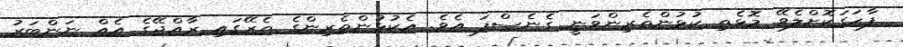
ފާހަގަކޮށްލެވޭ މޮޅެތި ކުޅުންތެރިންވަނީ ގެނެސްފަ އެވެ. އެކުޅުންތެރިންގެ ތެރޭގައި ރާއްޖޭގެ އެއް ނަންބަރު